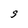
Character: S